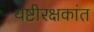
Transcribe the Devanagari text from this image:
यष्टीरक्षकांत